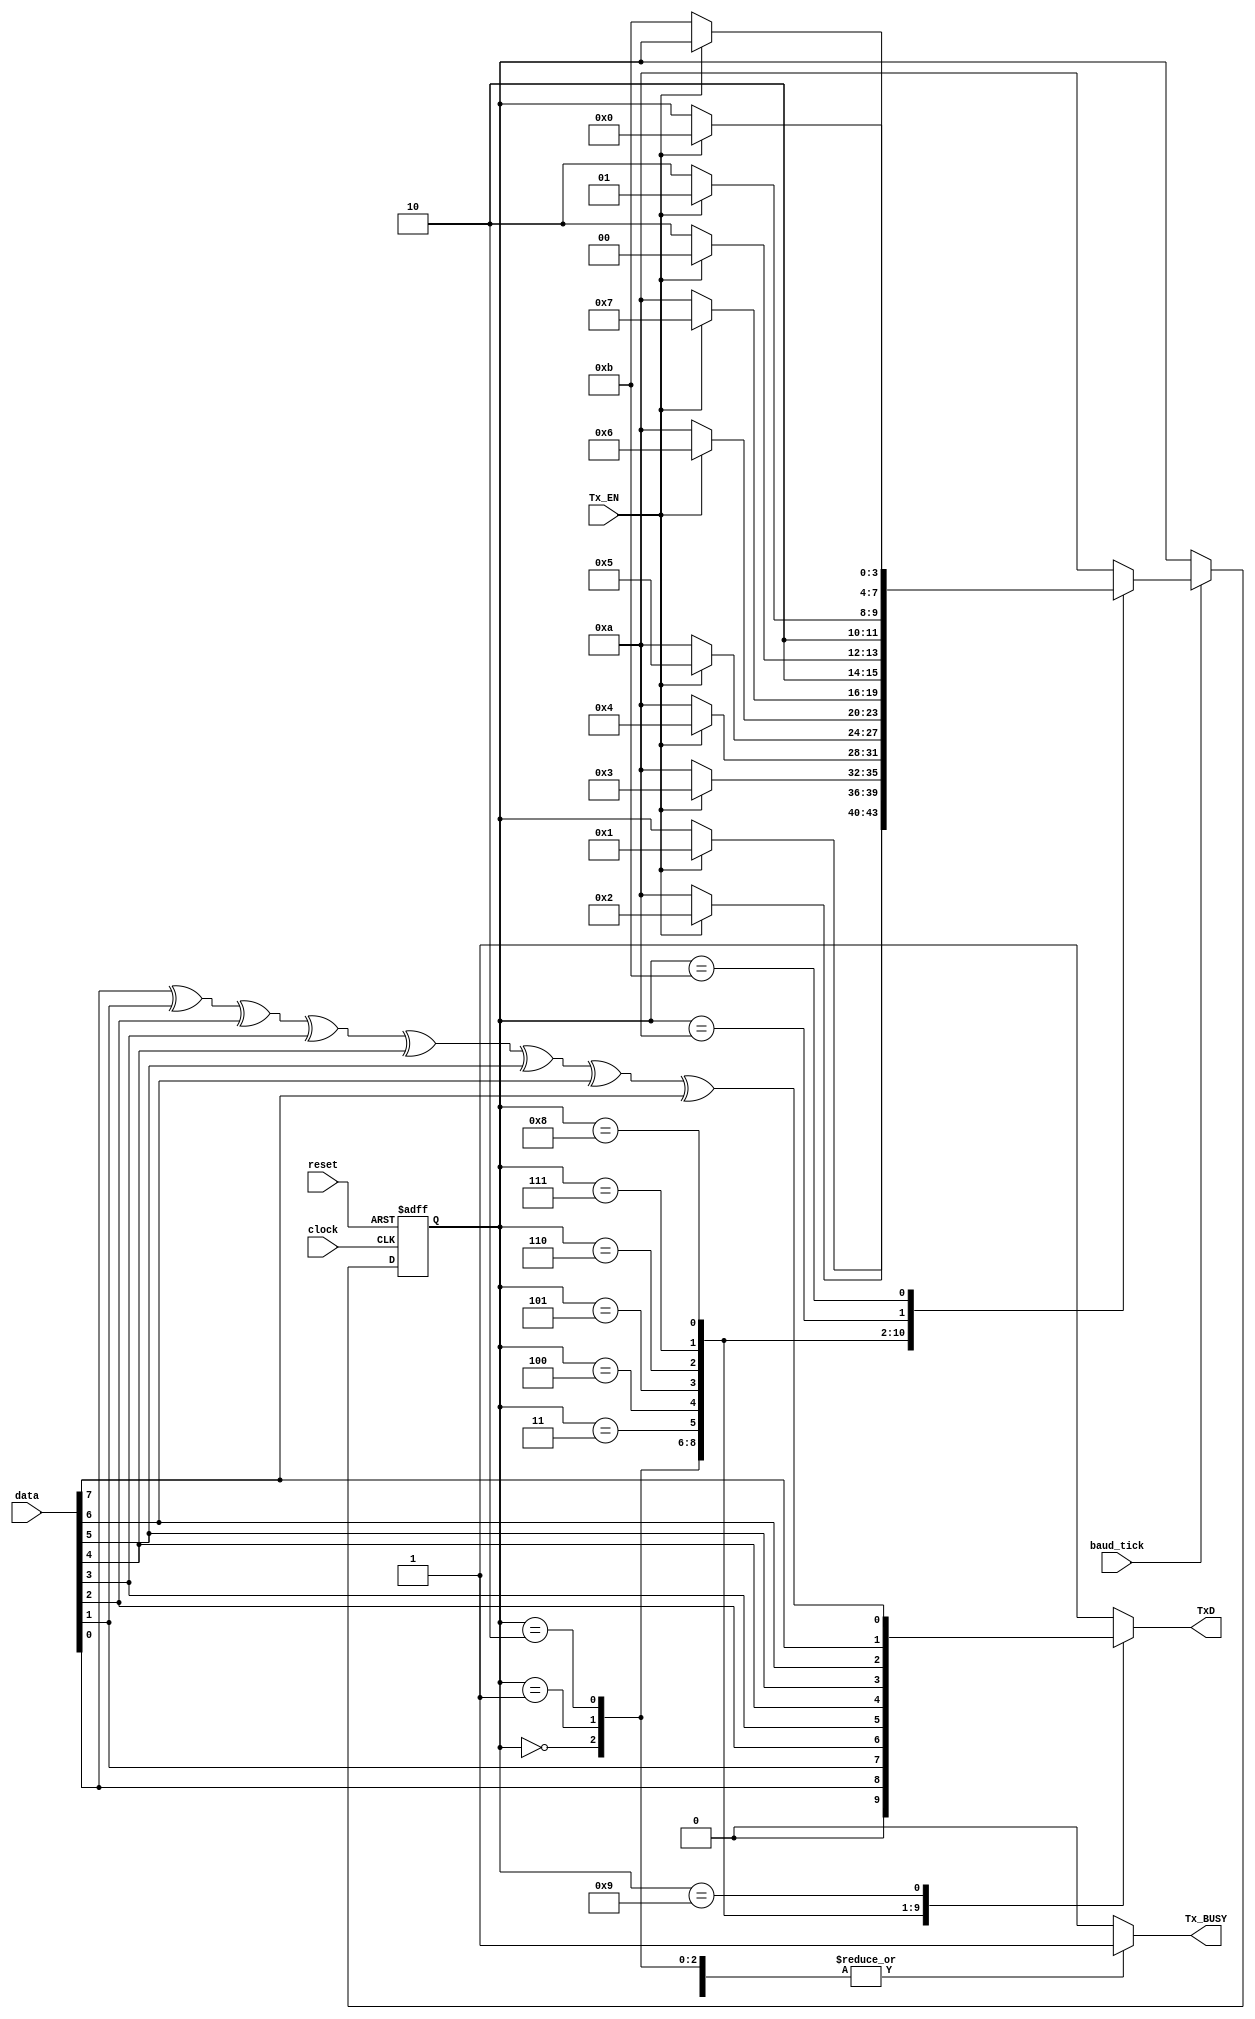
module transmit_module (input reset, input clock, input Tx_EN, output reg Tx_BUSY, input [7:0] data, input baud_tick, output reg TxD);
    reg [3:0] current_state;
    reg [3:0] next_state;
    parameter state_startBit = 4'h0,
              state_data0    = 4'h1,
              state_data1    = 4'h2,
              state_data2    = 4'h3,
              state_data3    = 4'h4,
              state_data4    = 4'h5,
              state_data5    = 4'h6,
              state_data6    = 4'h7,
              state_data7    = 4'h8,
              state_parity   = 4'h9,
              state_stopBit  = 4'hA,
              state_waiting  = 4'hB;

    always @(posedge clock or posedge reset) begin
        if (reset) begin
            current_state <= state_waiting;
        end
        else if (baud_tick) begin
            current_state <= next_state;
        end
    end

    always @(current_state or Tx_EN or data) begin
        next_state = current_state;
        TxD = 1'b1;
        Tx_BUSY = 1'b0;
        case (current_state)
            state_startBit: begin
                if (Tx_EN) next_state = state_data0;
                else next_state = current_state;

                TxD = 1'b0;
                Tx_BUSY = 1'b1;
            end
            state_data0   : begin
                if (Tx_EN) next_state = state_data1;
                else next_state = state_stopBit;

                TxD = data[0];
                Tx_BUSY = 1'b1;
            end
            state_data1   : begin
                if (Tx_EN) next_state = state_data2;
                else next_state = state_stopBit;

                TxD = data[1];
                Tx_BUSY = 1'b1;
            end
            state_data2   :
            begin
                if (Tx_EN) next_state = state_data3;
                else next_state = state_stopBit;

                TxD = data[2];
                Tx_BUSY = 1'b1;
            end
            state_data3   : begin
                if (Tx_EN) next_state = state_data4;
                else next_state = state_stopBit;

                TxD = data[3];
                Tx_BUSY = 1'b1;
            end
            state_data4   : begin
                if (Tx_EN) next_state = state_data5;
                else next_state = state_stopBit;

                TxD = data[4];
                Tx_BUSY = 1'b1;
            end
            state_data5   : begin
                if (Tx_EN) next_state = state_data6;
                else next_state = state_stopBit;

                TxD = data[5];
                Tx_BUSY = 1'b1;
            end
            state_data6   : begin
                if (Tx_EN) next_state = state_data7;
                else next_state = state_stopBit;

                TxD = data[6];
                Tx_BUSY = 1'b1;
            end
            state_data7   : begin
                if (Tx_EN) next_state = state_parity;
                else next_state = state_stopBit;

                TxD = data[7];
                Tx_BUSY = 1'b1;
            end
            state_parity  : begin
                next_state = state_stopBit;

                TxD = data[0] ^ data[1] ^ data[2] ^ data[3] ^ data[4] ^ data[5] ^
                    data[6] ^ data[7];
                Tx_BUSY = 1'b1;
            end
            state_stopBit : begin
                if (!Tx_EN) next_state = state_waiting;
                else next_state = current_state;

                TxD = 1'b1;
                Tx_BUSY = 1'b0;
            end
            state_waiting: begin
                if (Tx_EN) next_state = state_startBit;
                else next_state = current_state;

                TxD = 1'b1;
                Tx_BUSY = 1'b0;
            end
            default: begin
                next_state = state_stopBit;
                TxD = 1'b1;
                Tx_BUSY = 1'b0;
            end
        endcase
    end

endmodule